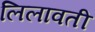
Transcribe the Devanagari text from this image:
लिलावती